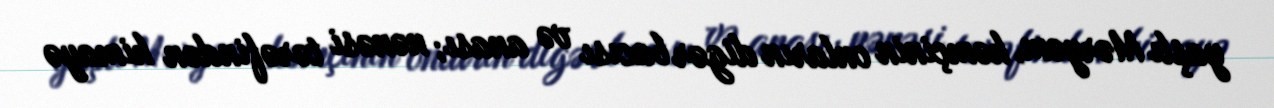
yaşlı Məryəm, həmçinin onların digər bacısı və anası; nənəsi tərəfindən himayə